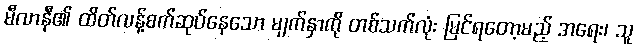
မီလာနီ၏ ထိတ်လန့်စက်ဆုပ်နေသော မျက်နှာကို တစ်သက်လုံး မြင်ရတော့မည့် အရေး၊ သူ